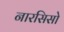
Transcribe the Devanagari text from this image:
नारसिसो